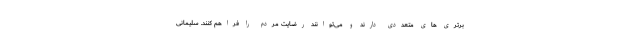
برتری های متعددی دارند و می‌توانند رضایت مردم را فراهم کنند. سلیمانی